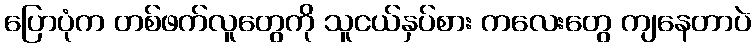
ပြောပုံက တစ်ဖက်လူတွေကို သူငယ်နှပ်စား ကလေးတွေ ကျနေတာပဲ